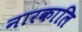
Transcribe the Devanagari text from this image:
नारकालि